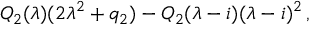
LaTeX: Q _ { 2 } ( \lambda ) ( 2 \lambda ^ { 2 } + q _ { 2 } ) - Q _ { 2 } ( \lambda - i ) ( \lambda - i ) ^ { 2 } \, ,